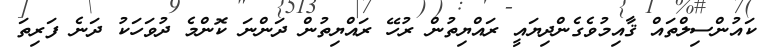
ކައުންސިލްތައް ޤާއިމުވެގެންދިޔައީ ރައްޔިތުން ރުހޭ ރައްޔިތުން ދަންނަ ކޮންމެ ދުވަހަކު ދަނެ ފަރިތަ